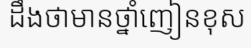
ដឹងថាមានថ្នាំញៀនខុស